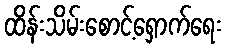
ထိန်းသိမ်းစောင့်ရှောက်ရေး